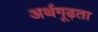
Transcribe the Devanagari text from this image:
अर्थगूढ़ता